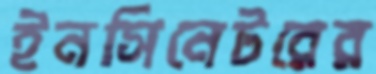
ইনসিনেটরের